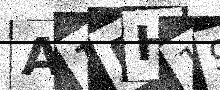
Text: A1PH19